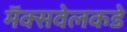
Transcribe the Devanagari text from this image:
मॅक्सवेलकडे